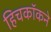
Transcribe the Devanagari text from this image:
हिचकॉकने